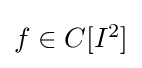
{\textstyle f\in C[I^{2}]}